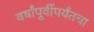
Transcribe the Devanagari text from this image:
वर्षांपूर्वीपर्यंतचा